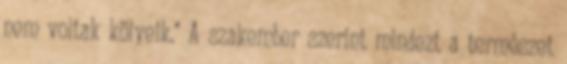
nem voltak kölyeik." A szakember szerint mindezt a természet